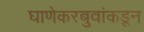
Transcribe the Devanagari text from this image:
घाणेकरबुवांकडून